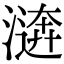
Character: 𣽑